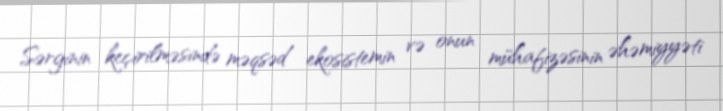
Sərginin keçirilməsində məqsəd ekosistemin və onun mühafizəsinin əhəmiyyəti